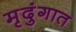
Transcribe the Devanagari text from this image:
मृदुंगात